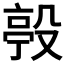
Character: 𣪢